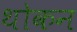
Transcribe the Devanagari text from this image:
थोकन